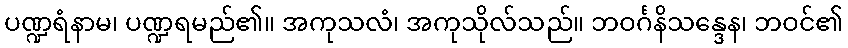
ပဏ္ဍရံနာမ၊ ပဏ္ဍရမည်၏။ အကုသလံ၊ အကုသိုလ်သည်။ ဘဝင်္ဂနိသန္ဒေန၊ ဘဝင်၏